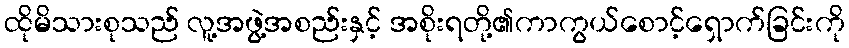
ထိုမိသားစုသည် လူ့အဖွဲ့အစည်းနှင့် အစိုးရတို့၏ကာကွယ်စောင့်ရှောက်ခြင်းကို